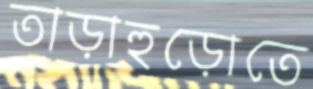
তাড়াহুড়োতে